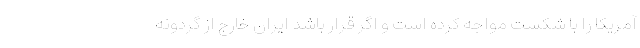
آمریکا را با شکست مواجه کرده است و اگر قرار باشد ایران خارج از گردونه